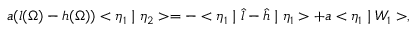
a ( l ( \Omega ) - h ( \Omega ) ) < \eta _ { 1 } \mid \eta _ { 2 } > = - < \eta _ { 1 } \mid \hat { l } - \hat { h } \mid \eta _ { 1 } > + a < \eta _ { 1 } \mid W _ { 1 } > ,